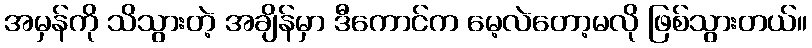
အမှန်ကို သိသွားတဲ့ အချိန်မှာ ဒီကောင်က မေ့လဲတော့မလို ဖြစ်သွားတယ်။